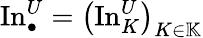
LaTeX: \operatorname{In}_{\bullet}^{U}=\left(\operatorname{In}_{K}^{U}\right)_{K\in\mathbb{K}}